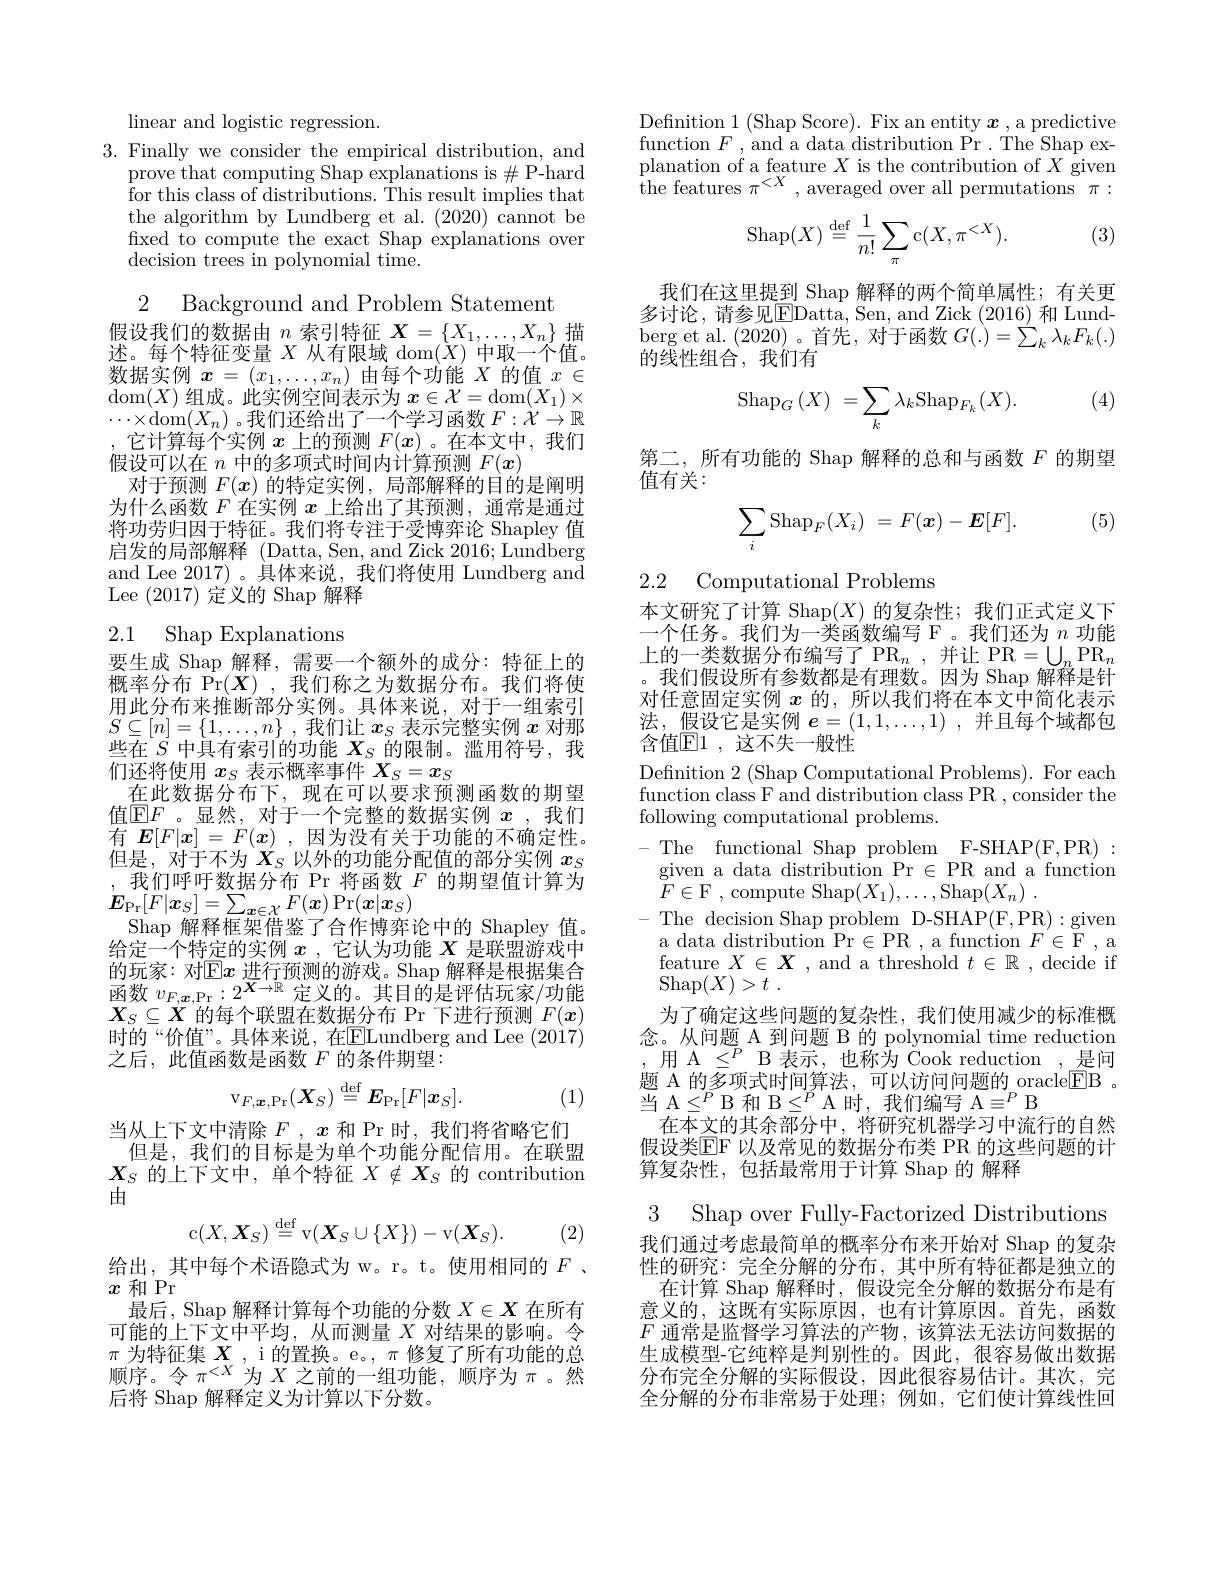
linear and logistic regression.

3. Finally we consider the empirical distribution, and
prove that computing Shap explanations is $\#$P-hard for this class of distributions. This result implies that the algorithm by Lundberg et al. (2020) cannot be fixed to compute the exact Shap explanations over decision trees in polynomial time.

2 Background and Problem Statement
假设我们的数据由$n$索引特征$X=\{X_1,\ldots,X_n\}$描述。每个特征变量$X$从有限域$\operatorname{dom}(\dot{X})$中取一个值。数据实例$x=(x_1,\ldots,x_n)$由每个功能$X$的值$x\in$ $\operatorname{dom}(X)$组成。此实例空间表示为$x\in\mathcal{X}=\operatorname{dom}(X_1)\times$ $\cdots\times$dom$(X_n)$。我们还给出了一个学习函数$F:\dot{\mathcal{X}}\to\mathbb{R}$ 它计算每个实例$x$上的预测$F(x)$ 。在本文中，我们假设可以在$n$中的多项式时间内计算预测$F(\boldsymbol{x})$
对于预测$F(\boldsymbol{x})$的特定实例，局部解释的目的是阐明为什么函数$F$在实例$x$上给出了其预测，通常是通过将功劳归因于特征。我们将专注于受博弈论 Shapley 值启发的局部解释 (Datta, Sen, and Zick 2016; Lundberg and Lee 2017) 。具体来说，我们将使用 Lundberg and Lee (2017)定义的 Shap 解释

## 2.1 Shap Explanations

要生成 Shap 解释，需要一个额外的成分：特征上的概率分布$\bar{\Pr(X)}$,我们称之为数据分布。我们将使用此分布来推断部分实例。具体来说，对于一组索引$S\subseteq[n]=\left\{1,\ldots,n\right\}$,我们让$x_S$表示完整实例$x$对那些在$S$中具有索引的功能$X_S$的限制。滥用符号，我们还将使用$x_S$表示概率事件$X_S=x_S$
在此数据分布下，现在可以要求预测函数的期望值$\mathbb{E}F$。显然，对于一个完整的数据实例 $x$ ,我们有$E[F|x]=F(x)$ ,因为没有关于功能的不确定性。但是，对于不为$X_S$以外的功能分配值的部分实例$x_S$ ,我们呼吁数据分布 Pr 将函数$F$的期望值计算为$E_{\mathrm{Pr}}[F|\boldsymbol{x}_S]=\sum_{\boldsymbol{x}\in\mathcal{X}}F(\boldsymbol{x})$ Pr$(\boldsymbol x|\boldsymbol{x}_S)$
Shap 解释框架借鉴了合作博弈论中的 Shapley 值。给定一个特定的实例$x$ ,它认为功能$X$是联盟游戏中$X_S\subseteq X$的每个联盟在数据分布 Pr 下进行预测$F(x)$ 时的“价值”。具体来说，在ELundberg and Lee (2017) 之后，此值函数是函数$F$的条件期望：
$$\mathrm{v}_{F,\boldsymbol{x},\mathrm{Pr}}(\boldsymbol{X}_{S})\stackrel{\mathrm{def}}{=}\boldsymbol{E}_{\mathrm{Pr}}[F|\boldsymbol{x}_{S}].$$
(1)

当从上下文中清除$F,x$和 Pr 时，我们将省略它们但是，我们的目标是为单个功能分配信用。在联盟$X_S$的上下文中，单个特征$X\notin X_S$的 contribution 由
$$\mathrm{c}(X,\boldsymbol{X}_S)\stackrel{\mathrm{def}}{=}\mathrm{v}(\boldsymbol{X}_S\cup\{X\})-\mathrm{v}(\boldsymbol{X}_S).$$
(2)

给出，其中每个术语隐式为 w。r。t。使用相同的$F$ 、
$x$和 Pr
最后，Shap 解释计算每个功能的分数$X\in X$在所有可能的上下文中平均，从而测量$X$对结果的影响。令$\pi$为特征集$X$ , i 的置换。e。, $\pi$修复了所有功能的总顺序。令$\pi^<X$为$X$之前的一组功能，顺序为$\pi$。然后将 Shap 解释定义为计算以下分数。

Definition 1 (Shap Score). Fix an entity $\boldsymbol{x}$ , a predictive function $F$,and a data distribution Pr. The Shap explanation of a feature $X$ is the contribution of $X$ given $\begin{array}{l}{\mathrm{punuton~or~a~ncuvuc~i~n~no~non~on~on~n~grvon}}\\{\mathrm{the~features~}\pi^{<X},~averaged~over~all~permutations~\pi:}\end{array}$

(3)
$$\mathrm{Shap}(X)\stackrel{\mathrm{def}}{=}\frac{1}{n!}\sum_{\pi}\mathrm{c}(X,\pi^{<X}).$$
我们在这里提到 Shap 解释的两个简单属性；有关更多讨论，请参见EDatta， Sen, and Zick ( 2016) 和 Lund- berg et al. (2020)。首 先 , 对 于 函 数 $G( . ) = \sum _{k}^{\prime }\lambda _{k}F_{k}( . )$ 的 线 性 组 合 , 我 们 有

(4)
$$\begin{matrix}\mathrm{Shap}_{G}\left(X\right)&=\sum_{k}\lambda_{k}\mathrm{Shap}_{F_{k}}(X).\end{matrix}$$
第二，所有功能的 Shap 解释的总和与函数$F$的期望
值有关：

(5)
$$\sum_i\mathrm{Shap}_F(X_i)\:=\:F(\boldsymbol{x})-\boldsymbol{E}[F].$$
2.2 Computational Problems

本文研究了计算 Shap$(X)$的复杂性；我们正式定义下一个任务。我们为一类函数编写 F 。我们还为$n$功能上的一类数据分布编写了 PR$_n$ ,并让 PR$=\bigcup_n\mathrm{PR}_n$ 。我们假设所有参数都是有理数。因为 Shap 解释是针对任意固定实例$x$的，所以我们将在本文中简化表示法，假设它是实例$e=(1,1,\ldots,1)$ ,并且每个域都包含值$\mathbb{E}1$,这不失一般性

Definition 2 (Shap Computational Problems). For each function class F and distribution class PR , consider the following computational problems.
-The functional Shap problem F-SHAP(F,PR):
given a data distribution Pr $\in$PR and a function
$F\in \mathcal{F}$ ,compute Shap$(X_1),\ldots$,Shap$( X_n)$ .
-The decision Shap problem D-SHAP(F,PR):given a data distribution Pr$\in$PR , a function $F\in\mathcal{F}$, a feature $X\in\boldsymbol{X}$, and a threshold $t\in\mathbb{R}$, decide if $\operatorname { Shap} ( X) > t$ .
为了确定这些问题的复杂性，我们使用减少的标准概念。从问题 A 到问题 B 的 polynomial time reduction 用 A $\leq ^P$ B 表示，也称为 Cook reduction , 是间题 A 的多项式时间算法，可以访问问题的\_oracle$\boxed{\mathrm{FB}}$。$当$A$\leq^P$B 和 B$\leq^P$A 时，我们编写 A$\equiv^P$ B
在本文的其余部分中，将研究机器学习中流行的自然假设类$\operatorname{EF}$ 以及常见的数据分布类 PR 的这些问题的计算复杂性，包括最常用于计算 Shap 的 解释
3 Shap over Fully-Factorized Distributions

我们通过考虑最简单的概率分布来开始对 Shap 的复杂性的研究：完全分解的分布，其中所有特征都是独立的
在计算 Shap 解释时，假设完全分解的数据分布是有意义的，这既有实际原因，也有计算原因。首先，函数$F$通常是监督学习算法的产物，该算法无法访问数据的生成模型-它纯粹是判别性的。因此，很容易做出数据分布完全分解的实际假设，因此很容易估计。其次，完全分解的分布非常易于处理；例如，它们使计算线性回